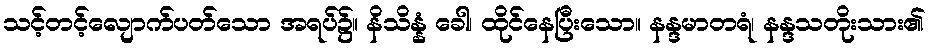
သင့်တင့်လျောက်ပတ်သော အရပ်၌။ နိသိန္နံ ခေါ၊ ထိုင်နေပြီးသော။ နန္ဒမာတရံ၊ နန္ဒသတိုးသား၏